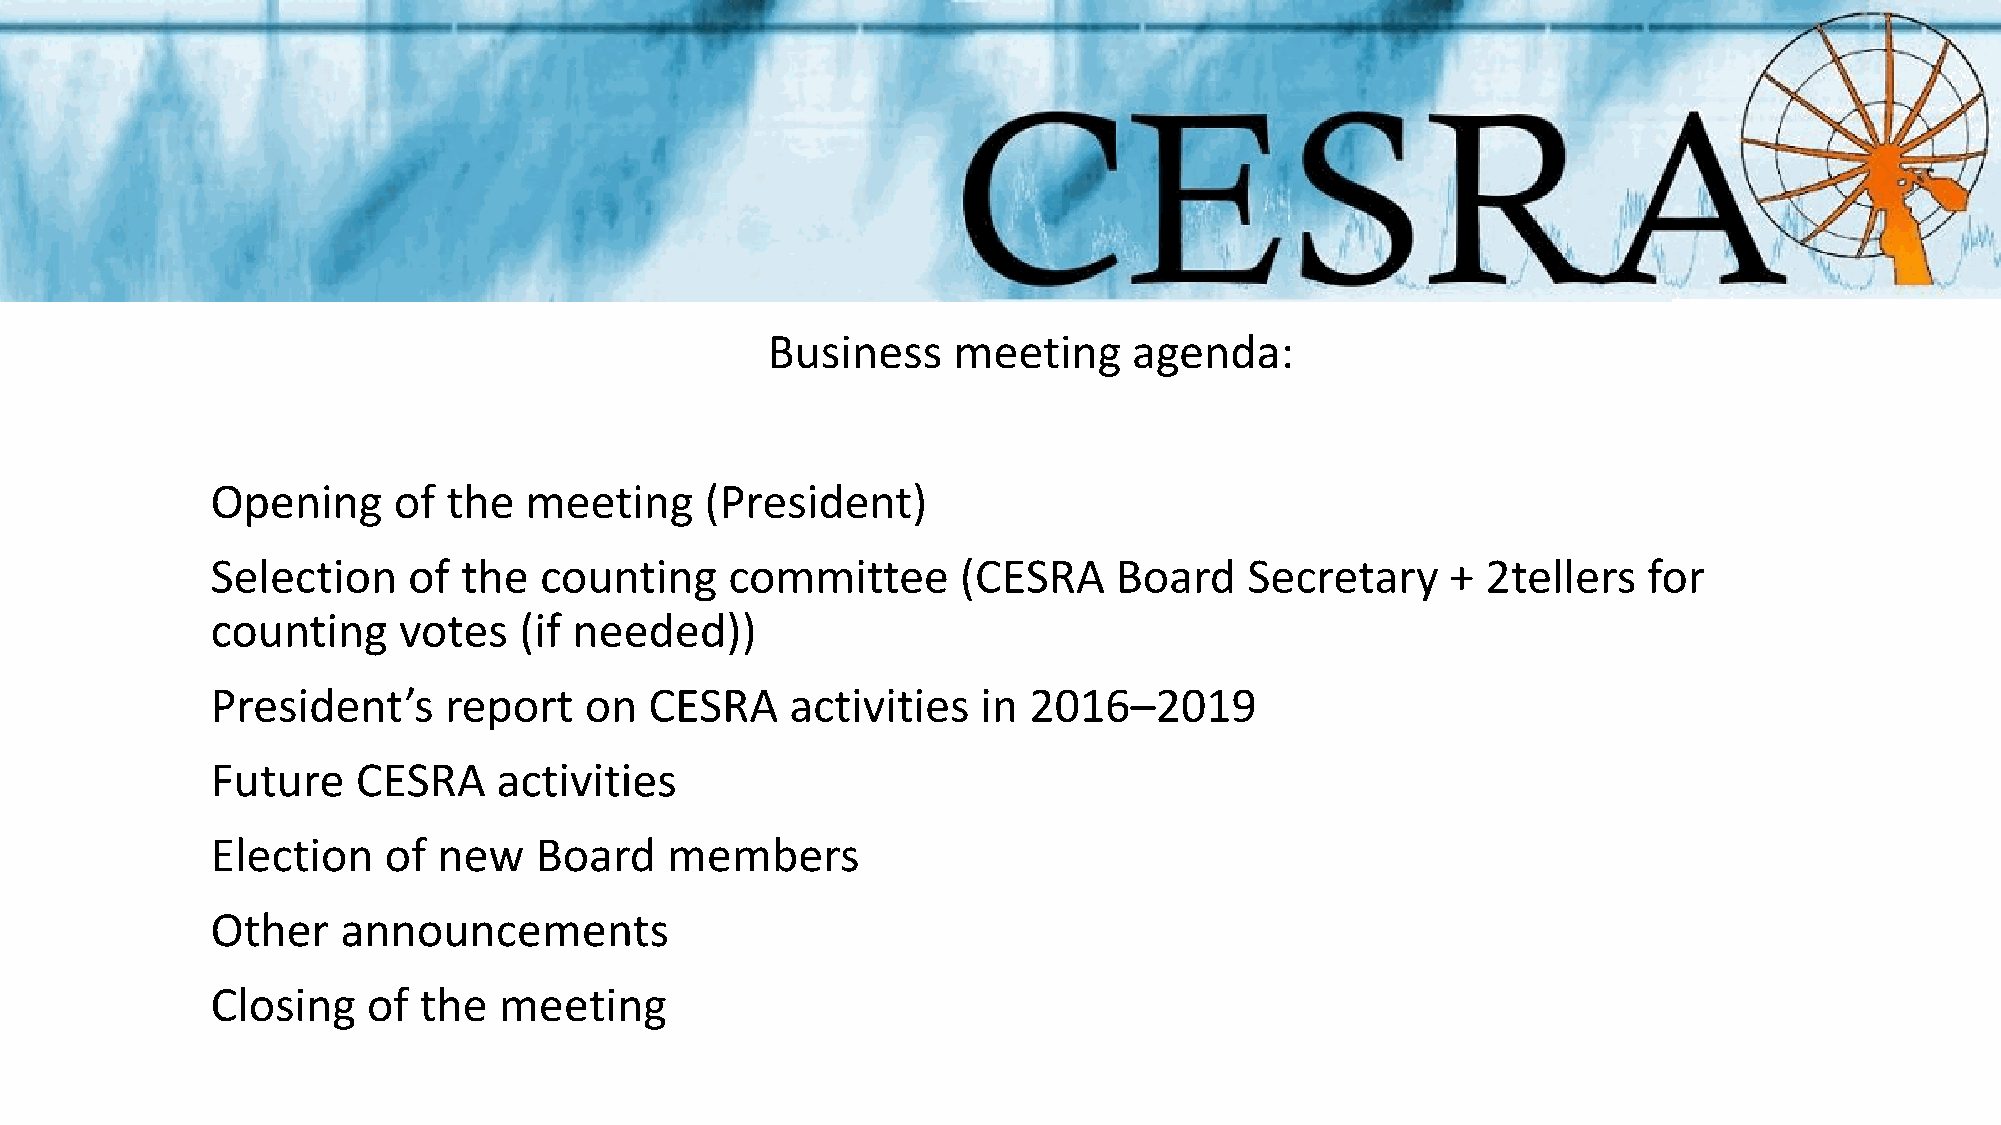
Business    meeting     agenda:
 Opening     of  the  meeting     (President)
 Selection    of the   counting    committee       (CESRA    Board    Secretary    + 2tellers   for
 counting    votes   (if needed))
 President’s    report    on  CESRA    activities   in 2016–2019
 Future    CESRA    activities
 Election   of  new   Board    members
 Other    announcements
 Closing   of  the  meeting